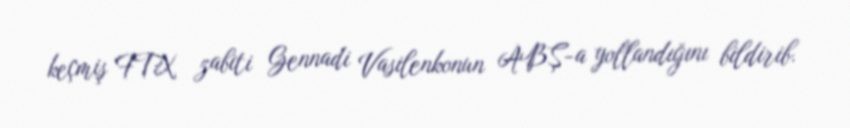
keçmiş FTX zabiti Gennadi Vasilenkonun ABŞ-a yollandığını bildirib.